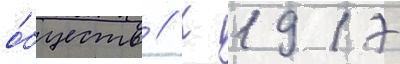
о́бществ // К 1917